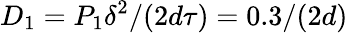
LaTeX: D_{1}=P_{1}\delta^{2}/(2d\tau)=0.3/(2d)